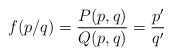
\begin{align*}f(p/q)= \frac{P(p,q)}{Q(p,q)}=\frac{p^{\prime}}{q^{\prime}}\end{align*}